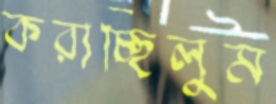
করাচ্ছিলুম